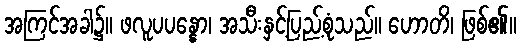
အကြင်အခါ၌။ ဖလူပပန္နော၊ အသီးနှင့်ပြည့်စုံသည်။ ဟောတိ၊ ဖြစ်၏။